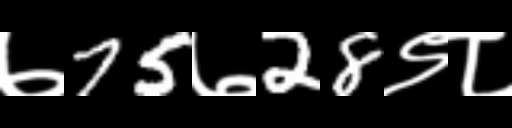
Text: ७75७28९८